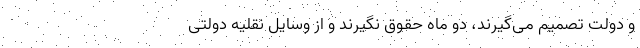
و دولت تصمیم می‌گیرند، دو ماه حقوق نگیرند و از وسایل نقلیه دولتی